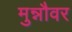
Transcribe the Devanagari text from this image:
मुन्नौवर